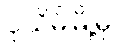
ပုသိမ်မြို့မှ